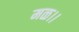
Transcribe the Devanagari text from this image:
मळ।।